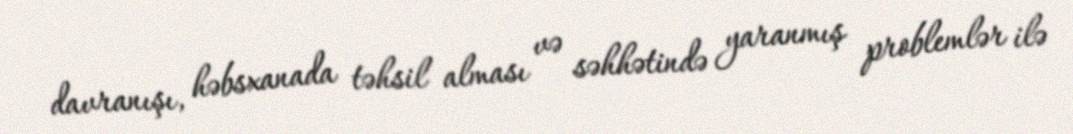
davranışı, həbsxanada təhsil alması və səhhətində yaranmış problemlər ilə